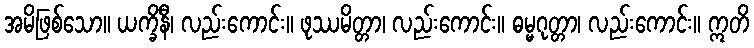
အမိဖြစ်သော။ ယက္ခိနီ၊ လည်းကောင်း။ ဖုဿမိတ္တာ၊ လည်းကောင်း။ ဓမ္မဂုတ္တာ၊ လည်းကောင်း။ ဣတိ